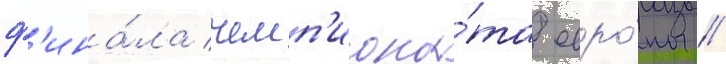
ф'ина́ла чемп'иона́та евро́пы //